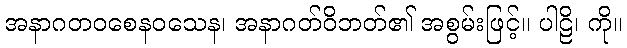
အနာဂတဝစေနဝသေန၊ အနာဂတ်ဝိဘတ်၏ အစွမ်းဖြင့်။ ပါဠိ၊ ကို။